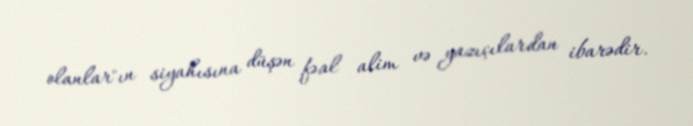
olanlar"ın siyahısına düşən fəal alim və yazıçılardan ibarədir.